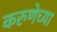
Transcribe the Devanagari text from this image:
करुणेच्या